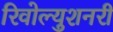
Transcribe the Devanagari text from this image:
रिवोल्युशनरी